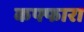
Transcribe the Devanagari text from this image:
कफ्फारा